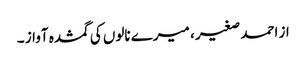
از احمد صغیر ، میرے نالوں کی گمشدہ آواز ۔